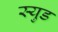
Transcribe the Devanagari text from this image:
स्युड